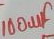
Text: 100µF